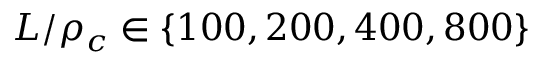
L / \rho _ { c } \in \{ 1 0 0 , 2 0 0 , 4 0 0 , 8 0 0 \}